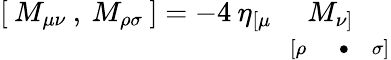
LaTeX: [\: M_{\mu\nu}\: ,\: M_{\rho\sigma}\: ]=-4\: \eta_{\begin{array}{cc}{{[\mu}}&{{}}\\ {{}}&{{[\rho}}\end{array}}M_{\begin{array}{cc}{{\nu]}}&{{}}\\ {{\bullet}}&{{\sigma]}}\end{array}}